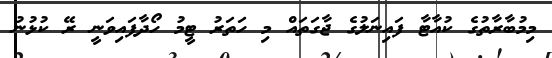
މިމުބާރާތުގެ ކުއާޓާ ފައިނަލުގެ ޖާގަތައް މި ހަތަރު ޓީމު ހޯދާފައިވަނީ ރޭ ކުޅުނު